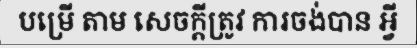
បម្រើ តាម សេចក្តីត្រូវ ការចង់បាន អ្វី